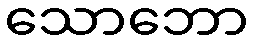
သောဘော